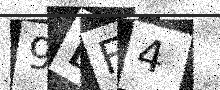
Text: 9EF4